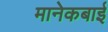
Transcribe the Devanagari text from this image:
मानेकबाई